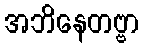
အဘိနေတဗ္ဗာ